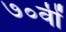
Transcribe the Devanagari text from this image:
७०वीं